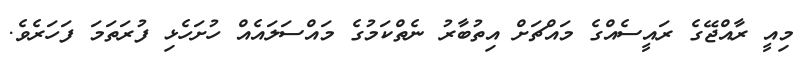
މިއީ ރާއްޖޭގެ ރައީސެއްގެ މައްޗަށް އިތުބާރު ނެތްކަމުގެ މައްސަލައެއް ހުށަހެޅި ފުރަތަމަ ފަހަރެވެ.